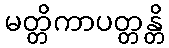
မတ္တိကာပတ္တန္တိ